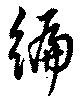
徧